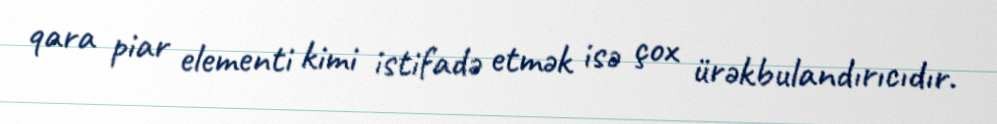
qara piar elementi kimi istifadə etmək isə çox ürəkbulandırıcıdır.